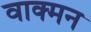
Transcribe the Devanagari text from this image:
वाक्मन